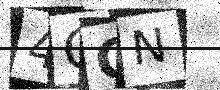
Text: 4CCN